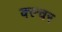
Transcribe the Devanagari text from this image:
क्ल्चर